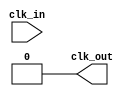
module PLL
(
  input  clk_in,
  output  clk_out = 0
);


  always @ (posedge clk_in)
  begin
      clk_out <= ! clk_out;
  end
endmodule